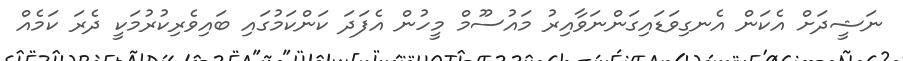
ނަޝީދަށް އެކަން އެނގިވަޑައިގަންނަވާއިރު މައުސޫމް މީހުން އެފަދަ ކަންކަމުގައި ބައިވެރިކުރުމަކީ ދެރަ ކަމެއް